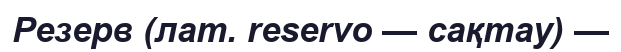
Резерв (лат. reservo — сақтау) —